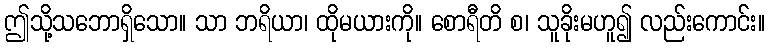
ဤသို့သဘောရှိသော။ သာ ဘရိယာ၊ ထိုမယားကို။ စောရီတိ စ၊ သူခိုးမဟူ၍ လည်းကောင်း။